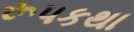
રૂપકથા